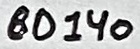
Text: BD140